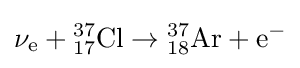
\mathrm {\nu _{e}+{{}_{17}^{37}Cl}\rightarrow {{}_{18}^{37}}Ar+e^{-}}